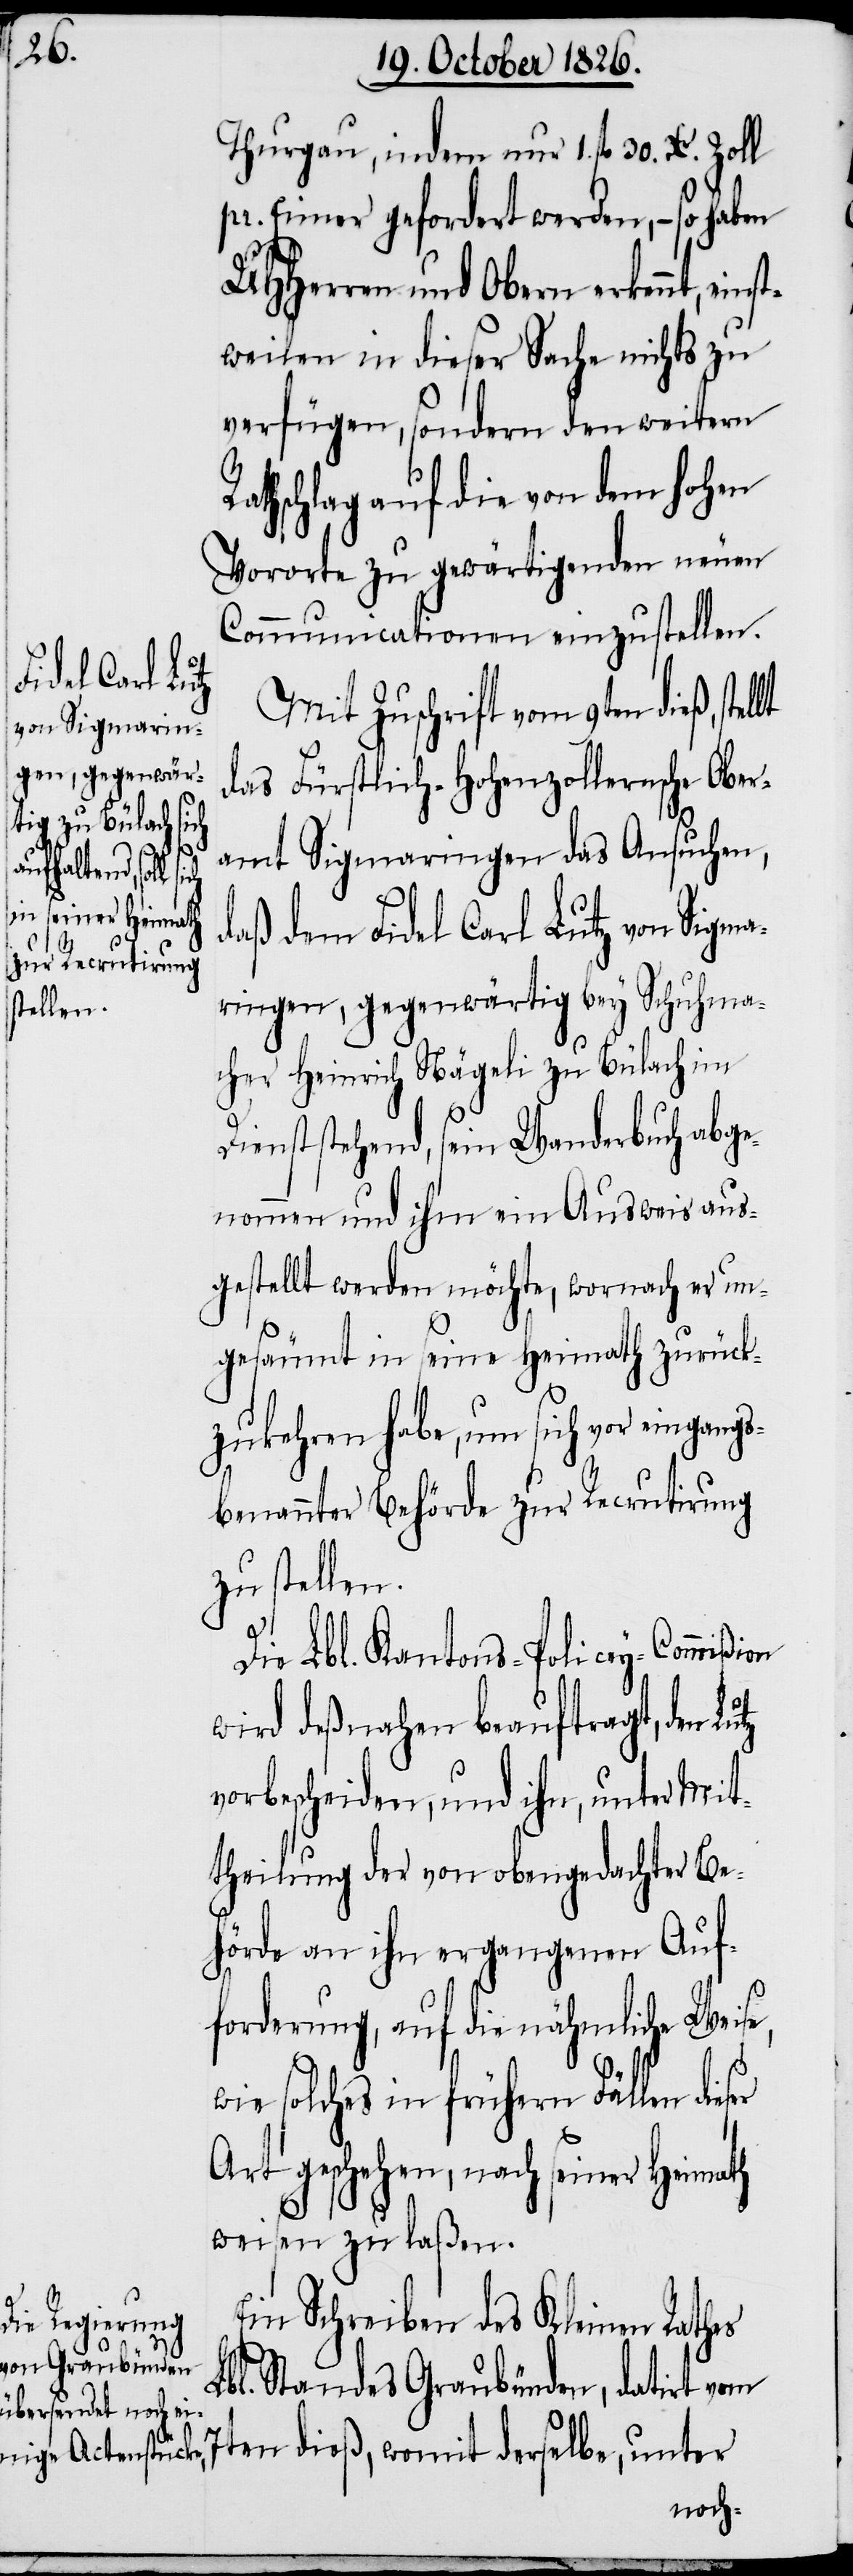
R¬

Thurgau, indem nur 1. fl. 30. Xr. Zoll
pr. Eimer gefordert werden, – so haben
UHHerren und Obern erkennt, ein¬
stweilen in dieser Sache nichts zu
verfügen, sondern den weitern
athschlag auf die von dem hohen
Vororte zu gewärtigenden neuen
Communicationen einzustellen.
Mit Zuschrift vom 9ten dieß,
das Fürstlich-Hohenzollernsche Ober¬
amt Sigmaringen das Ansuchen,
daß dem Fidel Carl Lutz von Sigma¬
ringen, gegenwärtig bey Schuhma¬
cher Heinrich Nägeli zu Bülach im
Dienst stehend, sein Wanderbuch abge¬
nommen und ihm ein Ausweis aus¬
gestellt werden möchte, wornach er un¬
gesäumt in seine Heimath zurück¬
zukehren habe, um sich vor eingangs¬
benannter Behörde zur Recrutirung
zu stellen.
Die Lbl. Kantons-Policey-Commißion
wird deßnahen beauftragt, den
vorbescheiden, und ihn, unter Mit¬
theilung der von obengedachter Be¬
hörde an ihn ergangenen Auf¬
forderung, auf die nähmliche Weise,
wie solches in frühern Fällen
Art geschehen, nach seiner Heimath
weisen zu laßen.
Ein Schreiben des Kleinen Rathes
Lbl. Standes Graubünden, datirt vom